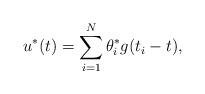
LaTeX: \begin{align*} u^\ast(t) = \sum_{i=1}^N \theta^\ast_i g(t_i-t), \end{align*}